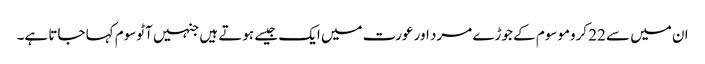
ان میں سے 22 کروموسوم کے جوڑے مرد اور عورت میں ایک جیسے ہوتے ہیں جنہیں آٹوسوم کہا جاتا ہے۔